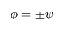
\phi = \pm \psi